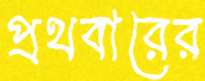
প্রথবারের